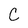
Character: C